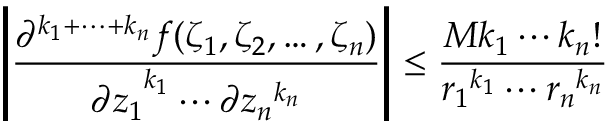
\left| { \frac { \partial ^ { k _ { 1 } + \cdots + k _ { n } } f ( \zeta _ { 1 } , \zeta _ { 2 } , \ldots , \zeta _ { n } ) } { { \partial z _ { 1 } } ^ { k _ { 1 } } \cdots \partial { z _ { n } } ^ { k _ { n } } } } \right| \leq { \frac { M k _ { 1 } \cdots k _ { n } ! } { { r _ { 1 } } ^ { k _ { 1 } } \cdots { r _ { n } } ^ { k _ { n } } } }